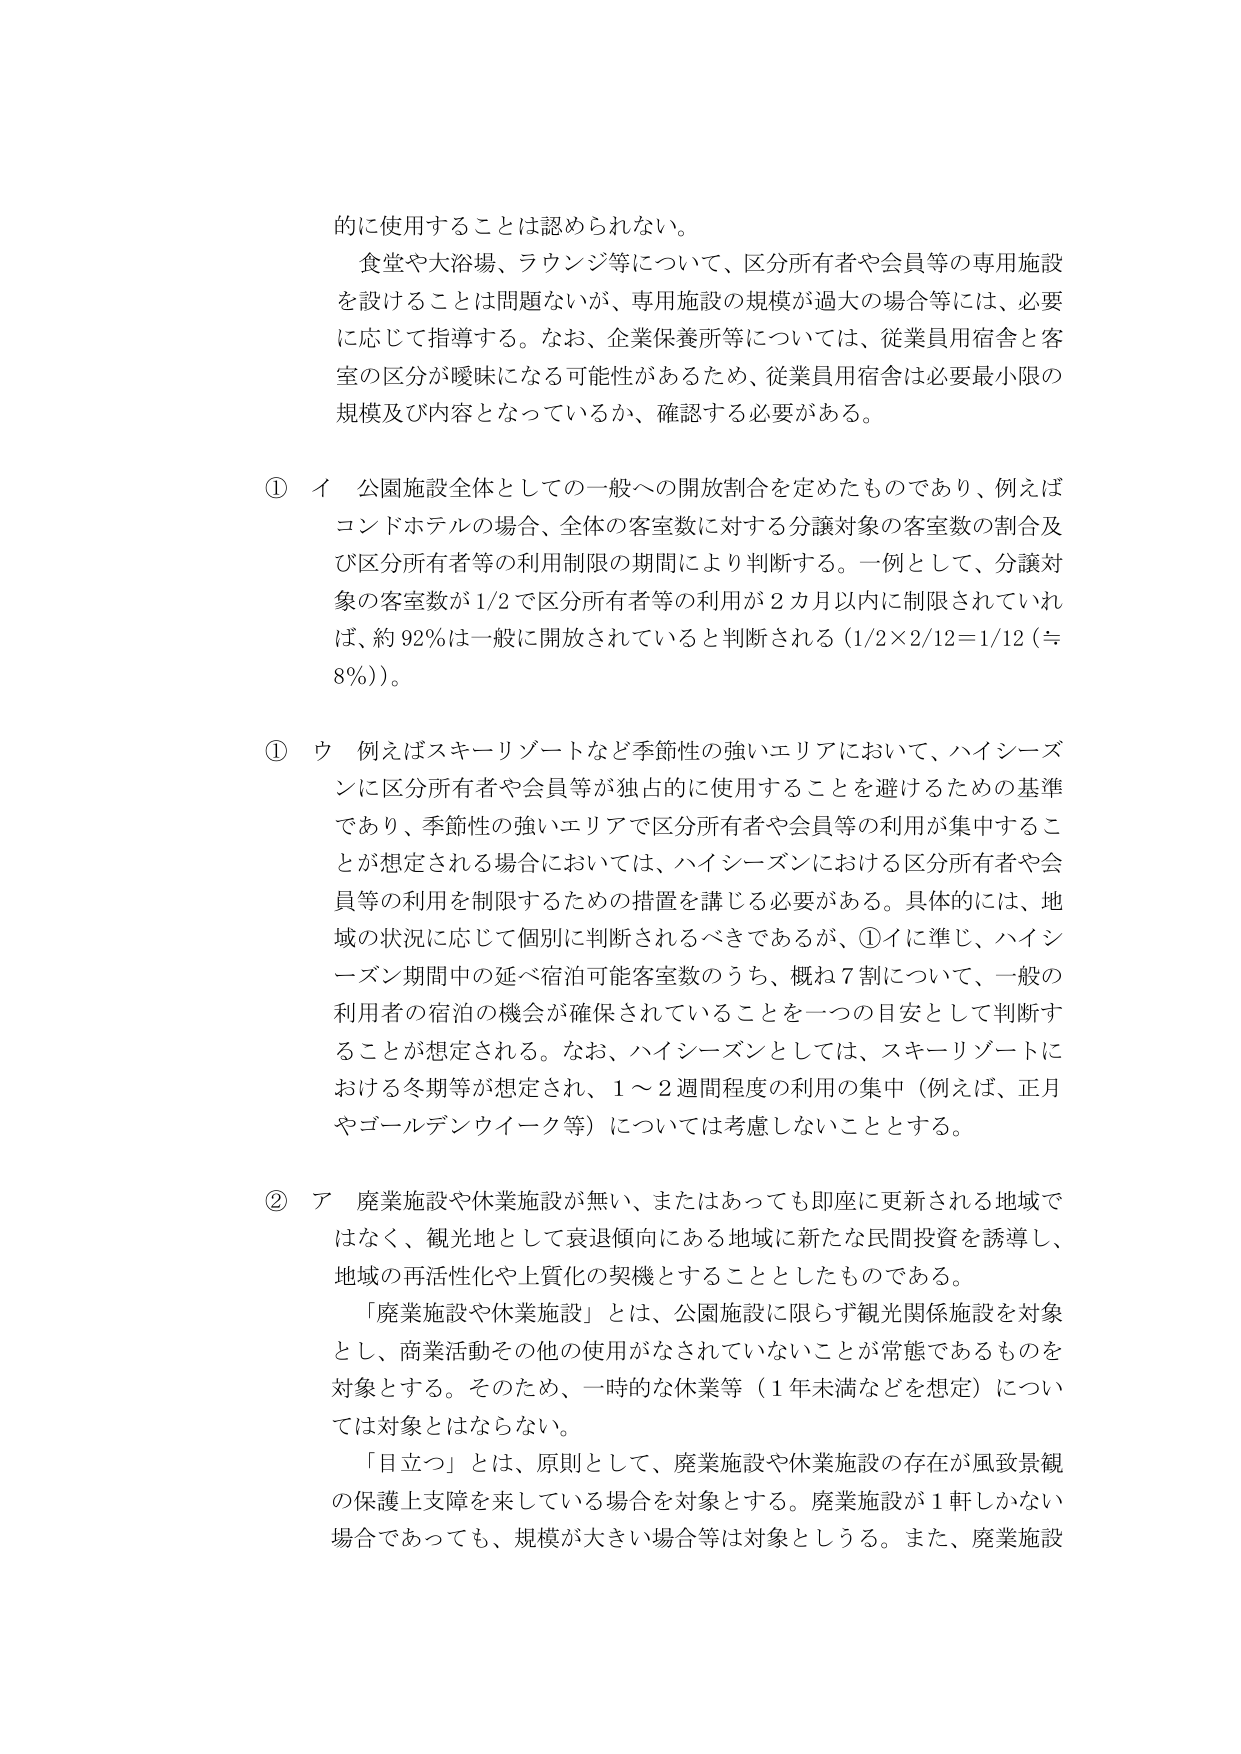
的に使用することは認められない。

食堂や大浴場、ラウンジ等について、区分所有者や会員等の専用施設を設けることは問題ないが、専用施設の規模が過大の場合等には、必要に応じて指導する。なお、企業保養所等については、従業員用宿舎と客室の区分が曖昧になる可能性があるため、従業員用宿舎は必要最小限の規模及び内容となっているか、確認する必要がある。

① イ 公園施設全体としての一般への開放割合を定めたものであり、例えばコンドホテルの場合、全体の客室数に対する分譲対象の客室数の割合及び区分所有者等の利用制限の期間により判断する。一例として、分譲対象の客室数が1/2で区分所有者等の利用が2カ月以内に制限されていれば、約92％は一般に開放されていると判断される（1/2×2/12＝1/12（≒8％））。

① ウ 例えばスキーリゾートなど季節性の強いエリアにおいて、ハイシーズンに区分所有者や会員等が独占的に使用することを避けるための基準であり、季節性の強いエリアで区分所有者や会員等の利用が集中することが想定される場合においては、ハイシーズンにおける区分所有者や会員等の利用を制限するための措置を講じる必要がある。具体的には、地域の状況に応じて個別に判断されるべきであるが、①イに準じ、ハイシーズン期間中の延べ宿泊可能客室数のうち、概ね7割について、一般の利用者の宿泊の機会が確保されていることを一つの目安として判断することが想定される。なお、ハイシーズンとしては、スキーリゾートにおける冬期等が想定され、1～2週間程度の利用の集中（例えば、正月やゴールデンウィーク等）については考慮しないこととする。

② ア 廃業施設や休業施設が無い、またはあっても即座に更新される地域ではなく、観光地として衰退傾向にある地域に新たな民間投資を誘導し、地域の再活性化や上質化の契機とすることとしたものである。

「廃業施設や休業施設」とは、公園施設に限らず観光関係施設を対象とし、商業活動その他の使用がなされていないことが常態であるものを対象とする。そのため、一時的な休業等（1年未満などを想定）については対象とはならない。

「目立つ」とは、原則として、廃業施設や休業施設の存在が風致景観の保護上支障を来している場合を対象とする。廃業施設が1軒しかない場合であっても、規模が大きい場合等は対象としうる。また、廃業施設